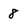
Character: 8